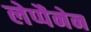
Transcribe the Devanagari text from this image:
लेप्पैनेन